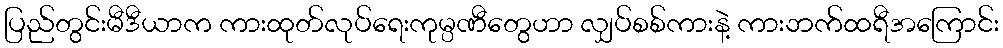
ပြည်တွင်းမီဒီယာက ကားထုတ်လုပ်ရေးကုမ္ပဏီတွေဟာ လျှပ်စစ်ကားနဲ့ ကားဘက်ထရီအကြောင်း